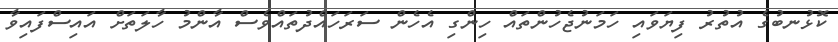
ކޮޅުނބުގެ އުތުރު ފިޔަވައި ހަމަނުޖެހުންތައް ހިންގި އެހެން ސަރަހައްދުތައްވެސް އާންމު ހާލަތަށް އައިސްފައިވާ